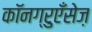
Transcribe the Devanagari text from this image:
कॉनग्रुएँसेज़